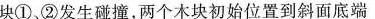
块①、②发生碰撞，两个木块初始位置到斜面底端